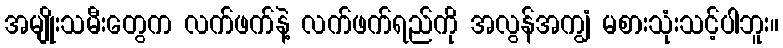
အမျိုးသမီးတွေက လက်ဖက်နဲ့ လက်ဖက်ရည်ကို အလွန်အကျွံ မစားသုံးသင့်ပါဘူး။